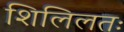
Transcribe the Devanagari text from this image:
शिलिलतः